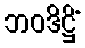
ဘဝဒိဋ္ဌိံ